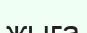
жыга